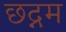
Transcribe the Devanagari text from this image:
छद्नम